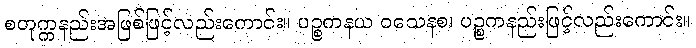
စတုက္ကနည်းအဖြစ်ဖြင့်လည်းကောင်း။ ပဉ္စကနယ ဝသေနစ၊ ပဉ္စကနည်းဖြင့်လည်းကောင်း။